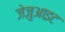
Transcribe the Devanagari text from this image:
जेजुआइट